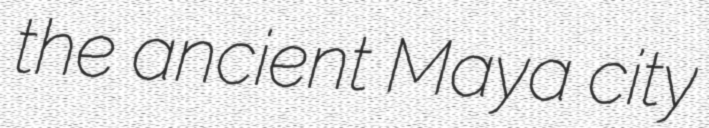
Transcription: the ancient Maya city